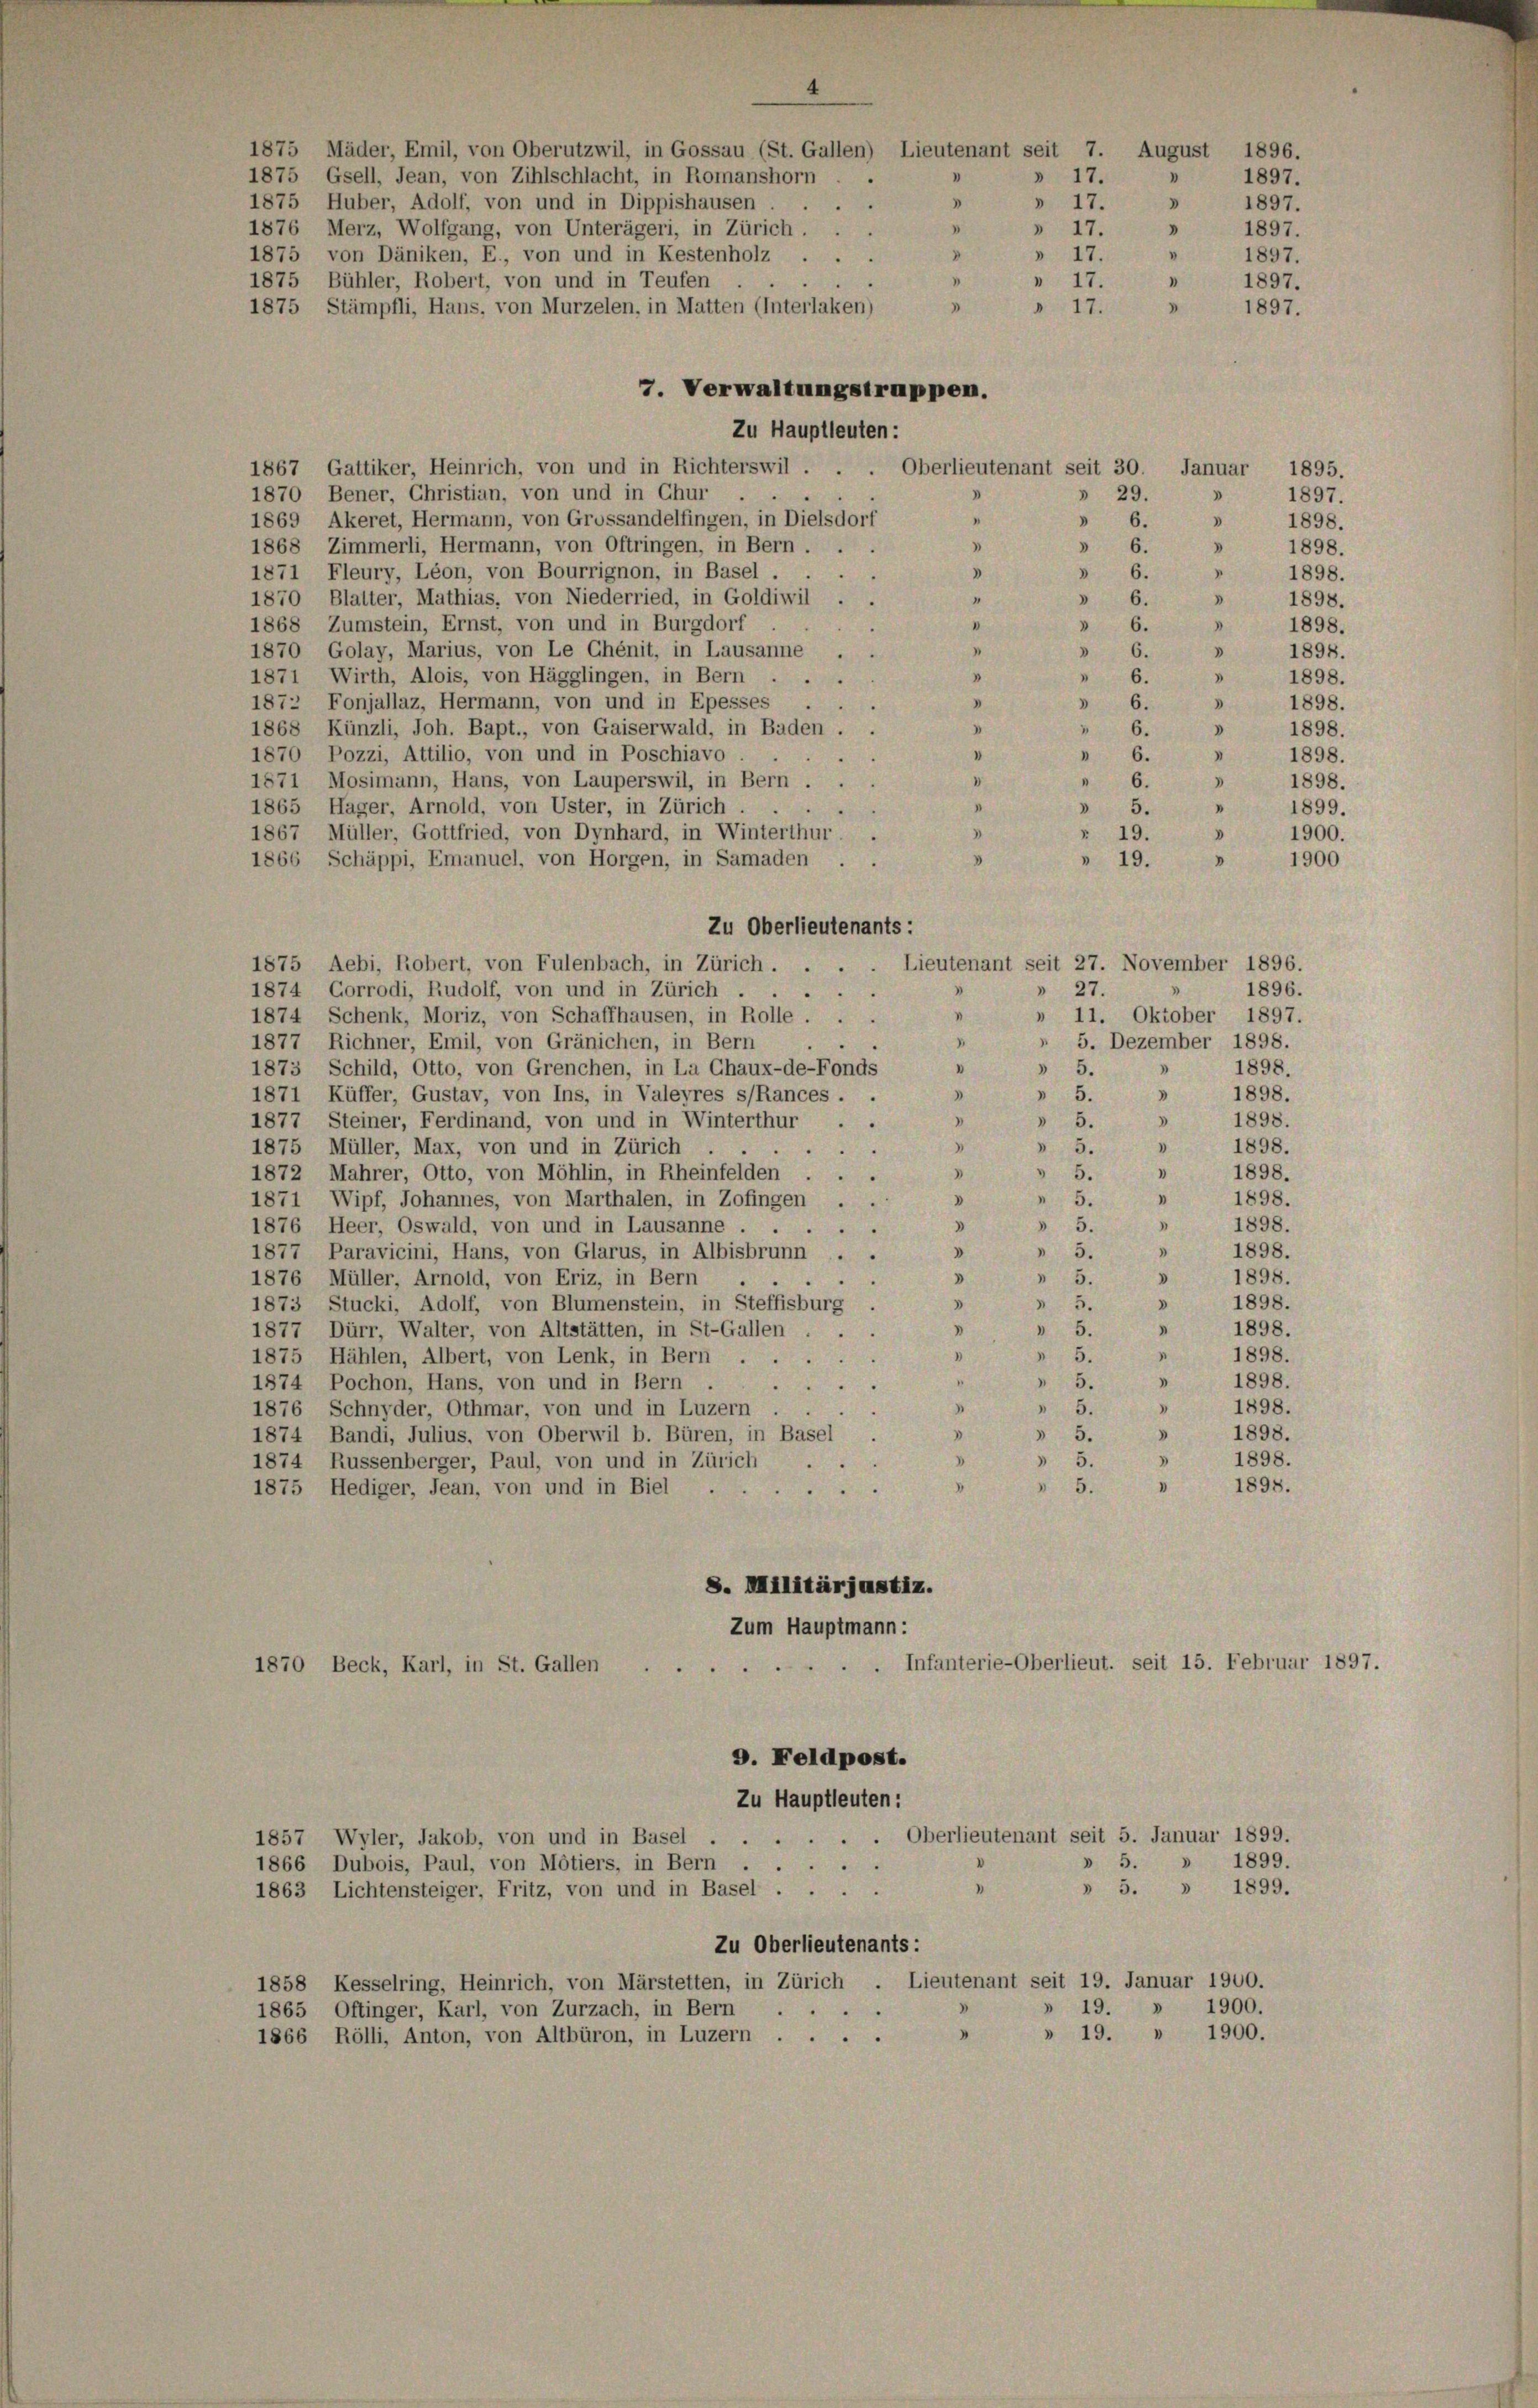
1875 Mäder, Emil, von Oberutzwil, in Gossau (St. Gallen) Lieutenant seit 7.
1875 Gsell, Jean, von Zihlschlacht, in Romanshorn
1875 Huber, Adolf, von und in Dippishausen.
1876 Merz, Wolfgang, von Unterägeri, in Zürich . . .
1875 von Däniken, E., von und in Kestenholz ...
7. Verwaltungstruppen.
Zu Hauptleuten:
1867 Gattiker, Heinrich, von und in Richterswil .
Oberlieutenant seit 30.
Januar
1870 Bener, Christian, von und in Chur
» 29.
“
1869 Akeret, Hermann, von Grossandelfingen, in Dielsdorf
" 6.
"
1868 Zimmerli, Hermann, von Oftringen, in Bern.
» 6.
1871 Fleury, Léon, von Bourrignon, in Basel . .
d
 6.
1870 Blatter, Mathias, von Niederried, in Goldiwil . .
"
 6.
1868 Zumstein, Ernst, von und in Burgdorf
» 6.
"
“
1870 Golay, Marius, von Le Chénit, in Lausanne . .
 6.
"
1871 Wirth, Alois, von Hägglingen, in Bern . .
 6.
"
2
"
Fonjallaz, Hermann, von und in Epesses .
187
e
V
1868 Künzli, Joh. Bapt., von Gaiserwald, in Baden . .
" 6.
1870 Pozzi, Attilio, von und in Poschiavo.
 6.
2
.
1871 Mosimann, Hans, von Lauperswil, in Bern .
6.
 5.
1865 Hager, Arnold, von Uster, in Zürich
1867 Müller, Gottfried, von Dynhard, in Winterthur
3
r. 19.
1866, Schäppi, Emanuel, von Horgen, in Samaden . .
 19.
Zu Oberlieutenants:
Lieutenant seit 27. November 1896.
1875 Aebi, Robert, von Fulenbach, in Zürich . .
" 27.
1874 Corrodi, Rudolf, von und in Zürich . .
1
1874 Schenk, Moriz, von Schaffhausen, in Rolle.
» 11. Oktober 1897.
 5. Dezember 1898.
1877 Richner, Emil, von Gränichen, in Bern
1
.
I
1873 Schild, Otto, von Grenchen, in La Chaux-de-Fonds
 5.
1898.
"
3
1871 Küffer, Gustav, von Ins, in Valeyres s/Rances . .
3
1898.
 5.
D
1898.
1877 Steiner, Ferdinand, von und in Winterthur . .
» 5.
1898.
"
 5.
n
e
1875 Müller, Max, von und in Zürich.
"
3
" 5.
1872 Mahrer, Otto, von Möhlin, in Rheinfelden .
1898.
D
I
" 5.
1871 Wipf, Johannes, von Marthalen, in Zofingen . .
1898.
 " 5.
1898.
1876 Heer, Oswald, von und in Lausanne . . .
.
e
d
1898.
1877 Paravicini, Hans, von Glarus, in Albisbrunn . .
"
 5.
d
 5.
1876 Müller, Arnold, von Friz, in Bern
1898.
V
3
1898.
5
V
1873 Stucki, Adolf, von Blumenstein, in Steffisburg.
I
1
 5.
1877 Dürr, Walter, von Altstätten, in St.Gallen . .
1898.
"
1898.
 5.
1875 Hählen, Albert, von Lenk, in Bern ...
p
1898.
" 5.
1874 Pochon, Hans, von und in Bern
I
"
1898.
I
 5.
1876 Schnyder, Othmar, von und in Luzern
1874 Bandi, Julius, von Oberwil b. Büren, in Basel.
 5.
1898.
V
3
1898.
» 5.
1874 Russenberger, Paul, von und in Zürich
I
1898.
" 5.
1875 Hediger, Jean, von und in Biel
8. Militärjustiz.
Zum Hauptmann:
Infanterie-Oberlieut. seit 15. Februar 1897.
1870 Beck, Karl, in St. Gallen
9. Feldpost.
Zu Hauptleuten:
1857 Wyler, Jakob, von und in Basel . . . . . . Oberlieutenant seit 5. Januar 1899.
» 5. » 1899.
1866 Dubois, Paul, von Motiers, in Bern ...
1
» 5. » 1899.
1863 Lichtensteiger, Fritz, von und in Basel.
Zu Oberlieutenants:
1858 Kesselring, Heinrich, von Märstetten, in Zürich . Lieutenant seit 19. Januar 1900.
1900.
» 19.
1865 Oftinger, Karl, von Zurzach, in Bern
» » 19. » 1900.
1866 Rölli, Anton, von Altbüron, in Luzern.

1875 Bühler, Robert, von und in Teufen ...
1875 Stämpfli, Hans, von Murzelen, in Matten (Interlaken)

4
» 17.
"
.
"
d
3
» 17.
.
» 17.
"
d
» 17.
"
.
 17.
"

17.

1897.
1897.
1897.
1897.
1897.

d

August 1896.

1897.

1895.
.
1897.
V
1898.
3
1898.
1898.
.
1
1898.
1
1898.
V
1898.
1898.
» 6. » 1898.
1898.
n
1898.
1898.
.
"
1899.
V
1900.
V
1900

1896.